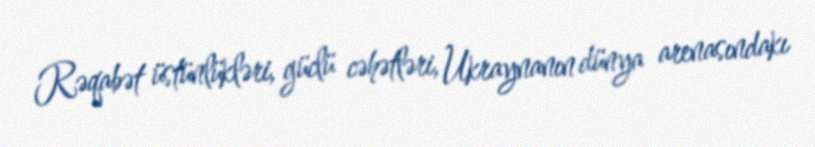
Rəqabət üstünlükləri, güclü cəhətləri, Ukraynanın dünya arenasındakı